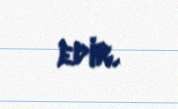
edir.